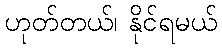
ဟုတ်တယ်၊ နိုင်ရမယ်